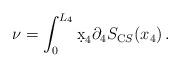
LaTeX: \begin{align*}\nu = \int_0^{L_4} \d x_4 \partial_4 S_{\mathrm CS} (x_4) \, .\end{align*}